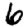
Digit: 6